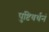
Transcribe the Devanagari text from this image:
पुष्टिवर्धनं